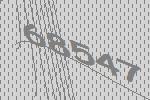
68547